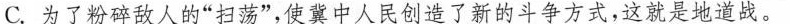
C.为了粉碎敌人的”扫荡”，使冀中人民创造了新的斗争方式，这就是地道战。